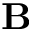
\mathbf { B }